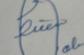
Signature authenticity: forged